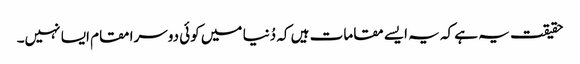
حقیقت یہ ہے کہ یہ ایسے مقامات ہیں کہ دُنیا میں کوئی دوسرا مقام ایسا نہیں۔